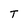
Character: T